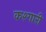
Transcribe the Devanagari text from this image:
कश्गारी